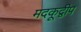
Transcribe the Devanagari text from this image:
मदकूद्वीप